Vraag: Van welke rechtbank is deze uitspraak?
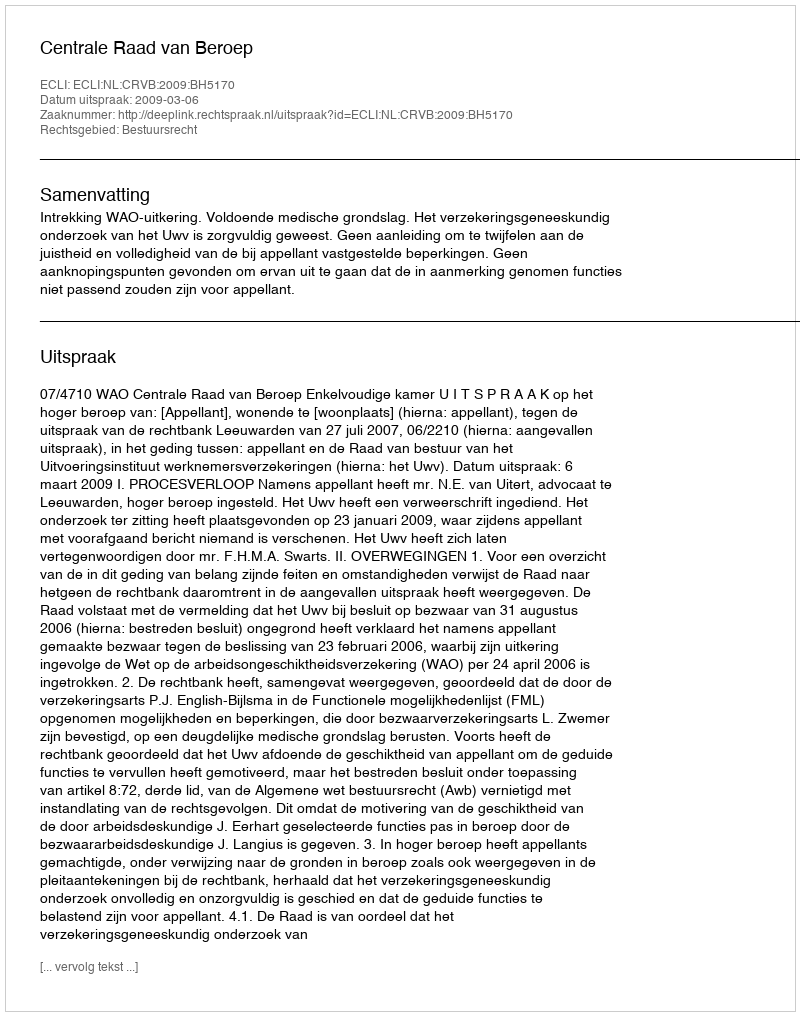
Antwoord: Centrale Raad van Beroep